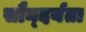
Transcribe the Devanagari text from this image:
सौन्‍दर्यता